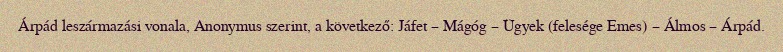
Árpád leszármazási vonala, Anonymus szerint, a következő: Jáfet – Mágóg – Ügyek (felesége Emes) – Álmos – Árpád.